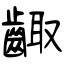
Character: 齱